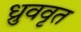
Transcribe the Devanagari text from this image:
ध्रुववृत